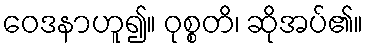
ဝေဒနာဟူ၍။ ဝုစ္စတိ၊ ဆိုအပ်၏။